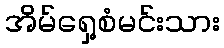
အိမ်ရှေ့စံမင်းသား